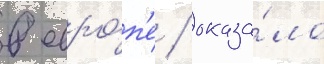
в евро́п'е / оказа́ло